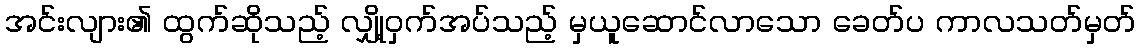
အင်းလျား၏ ထွက်ဆိုသည့် လျှို့ဝှက်အပ်သည့် မှယူဆောင်လာသော ခေတ်ပ ကာလသတ်မှတ်